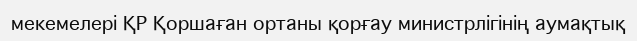
мекемелері ҚР Қоршаған ортаны қорғау министрлігінің аумақтық